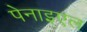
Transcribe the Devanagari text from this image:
पेनाइएल